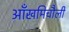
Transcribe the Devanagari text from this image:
आँखमिचौली